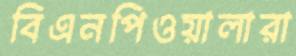
বিএনপিওয়ালারা